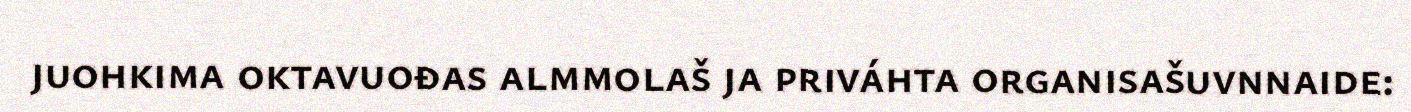
juohkima oktavuođas almmolaš ja priváhta organisašuvnnaide: